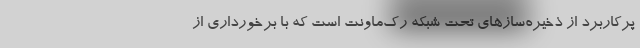
پرکاربرد از ذخیره‌سازهای تحت شبکه رک‌ماونت است که با برخورداری از